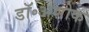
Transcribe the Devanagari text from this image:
डॉ॰अशोक